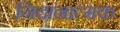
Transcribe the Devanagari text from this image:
निदानात्‍मक